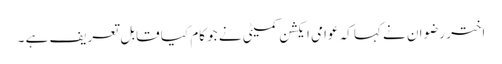
اختر رضوان نے کہا کہ عوامی ایکشن کمیٹی نے جو کام کیا قابل تعریف ہے ۔